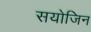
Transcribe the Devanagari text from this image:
सयोजिन